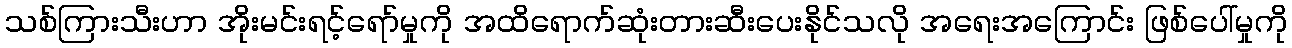
သစ်ကြားသီးဟာ အိုးမင်းရင့်ရော်မှုကို အထိရောက်ဆုံးတားဆီးပေးနိုင်သလို အရေးအကြောင်း ဖြစ်ပေါ်မှုကို